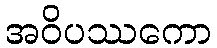
အဝိပဿကော